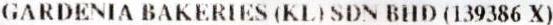
GARDENIA BAKERIES (KL) SDN BHD (139386 X)